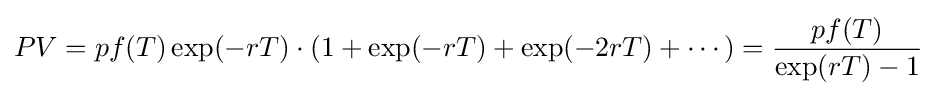
PV=pf(T)\exp(-rT)\cdot {(1+\exp(-rT)+\exp(-2rT)+\cdots )}={\frac {pf(T)}{\exp(rT)-1}}